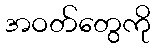
အဝတ်တွေကို